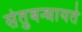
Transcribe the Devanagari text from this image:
सेतुबन्धायते